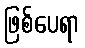
ဖြစ်ပေရာ